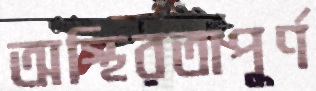
অস্থিরতাপূর্ণ